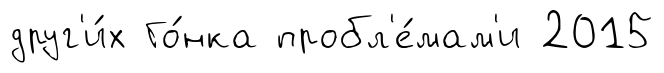
друг'и́х Го́нка пробл'е́мам'и 2015